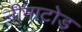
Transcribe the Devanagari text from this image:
नीमाटोड